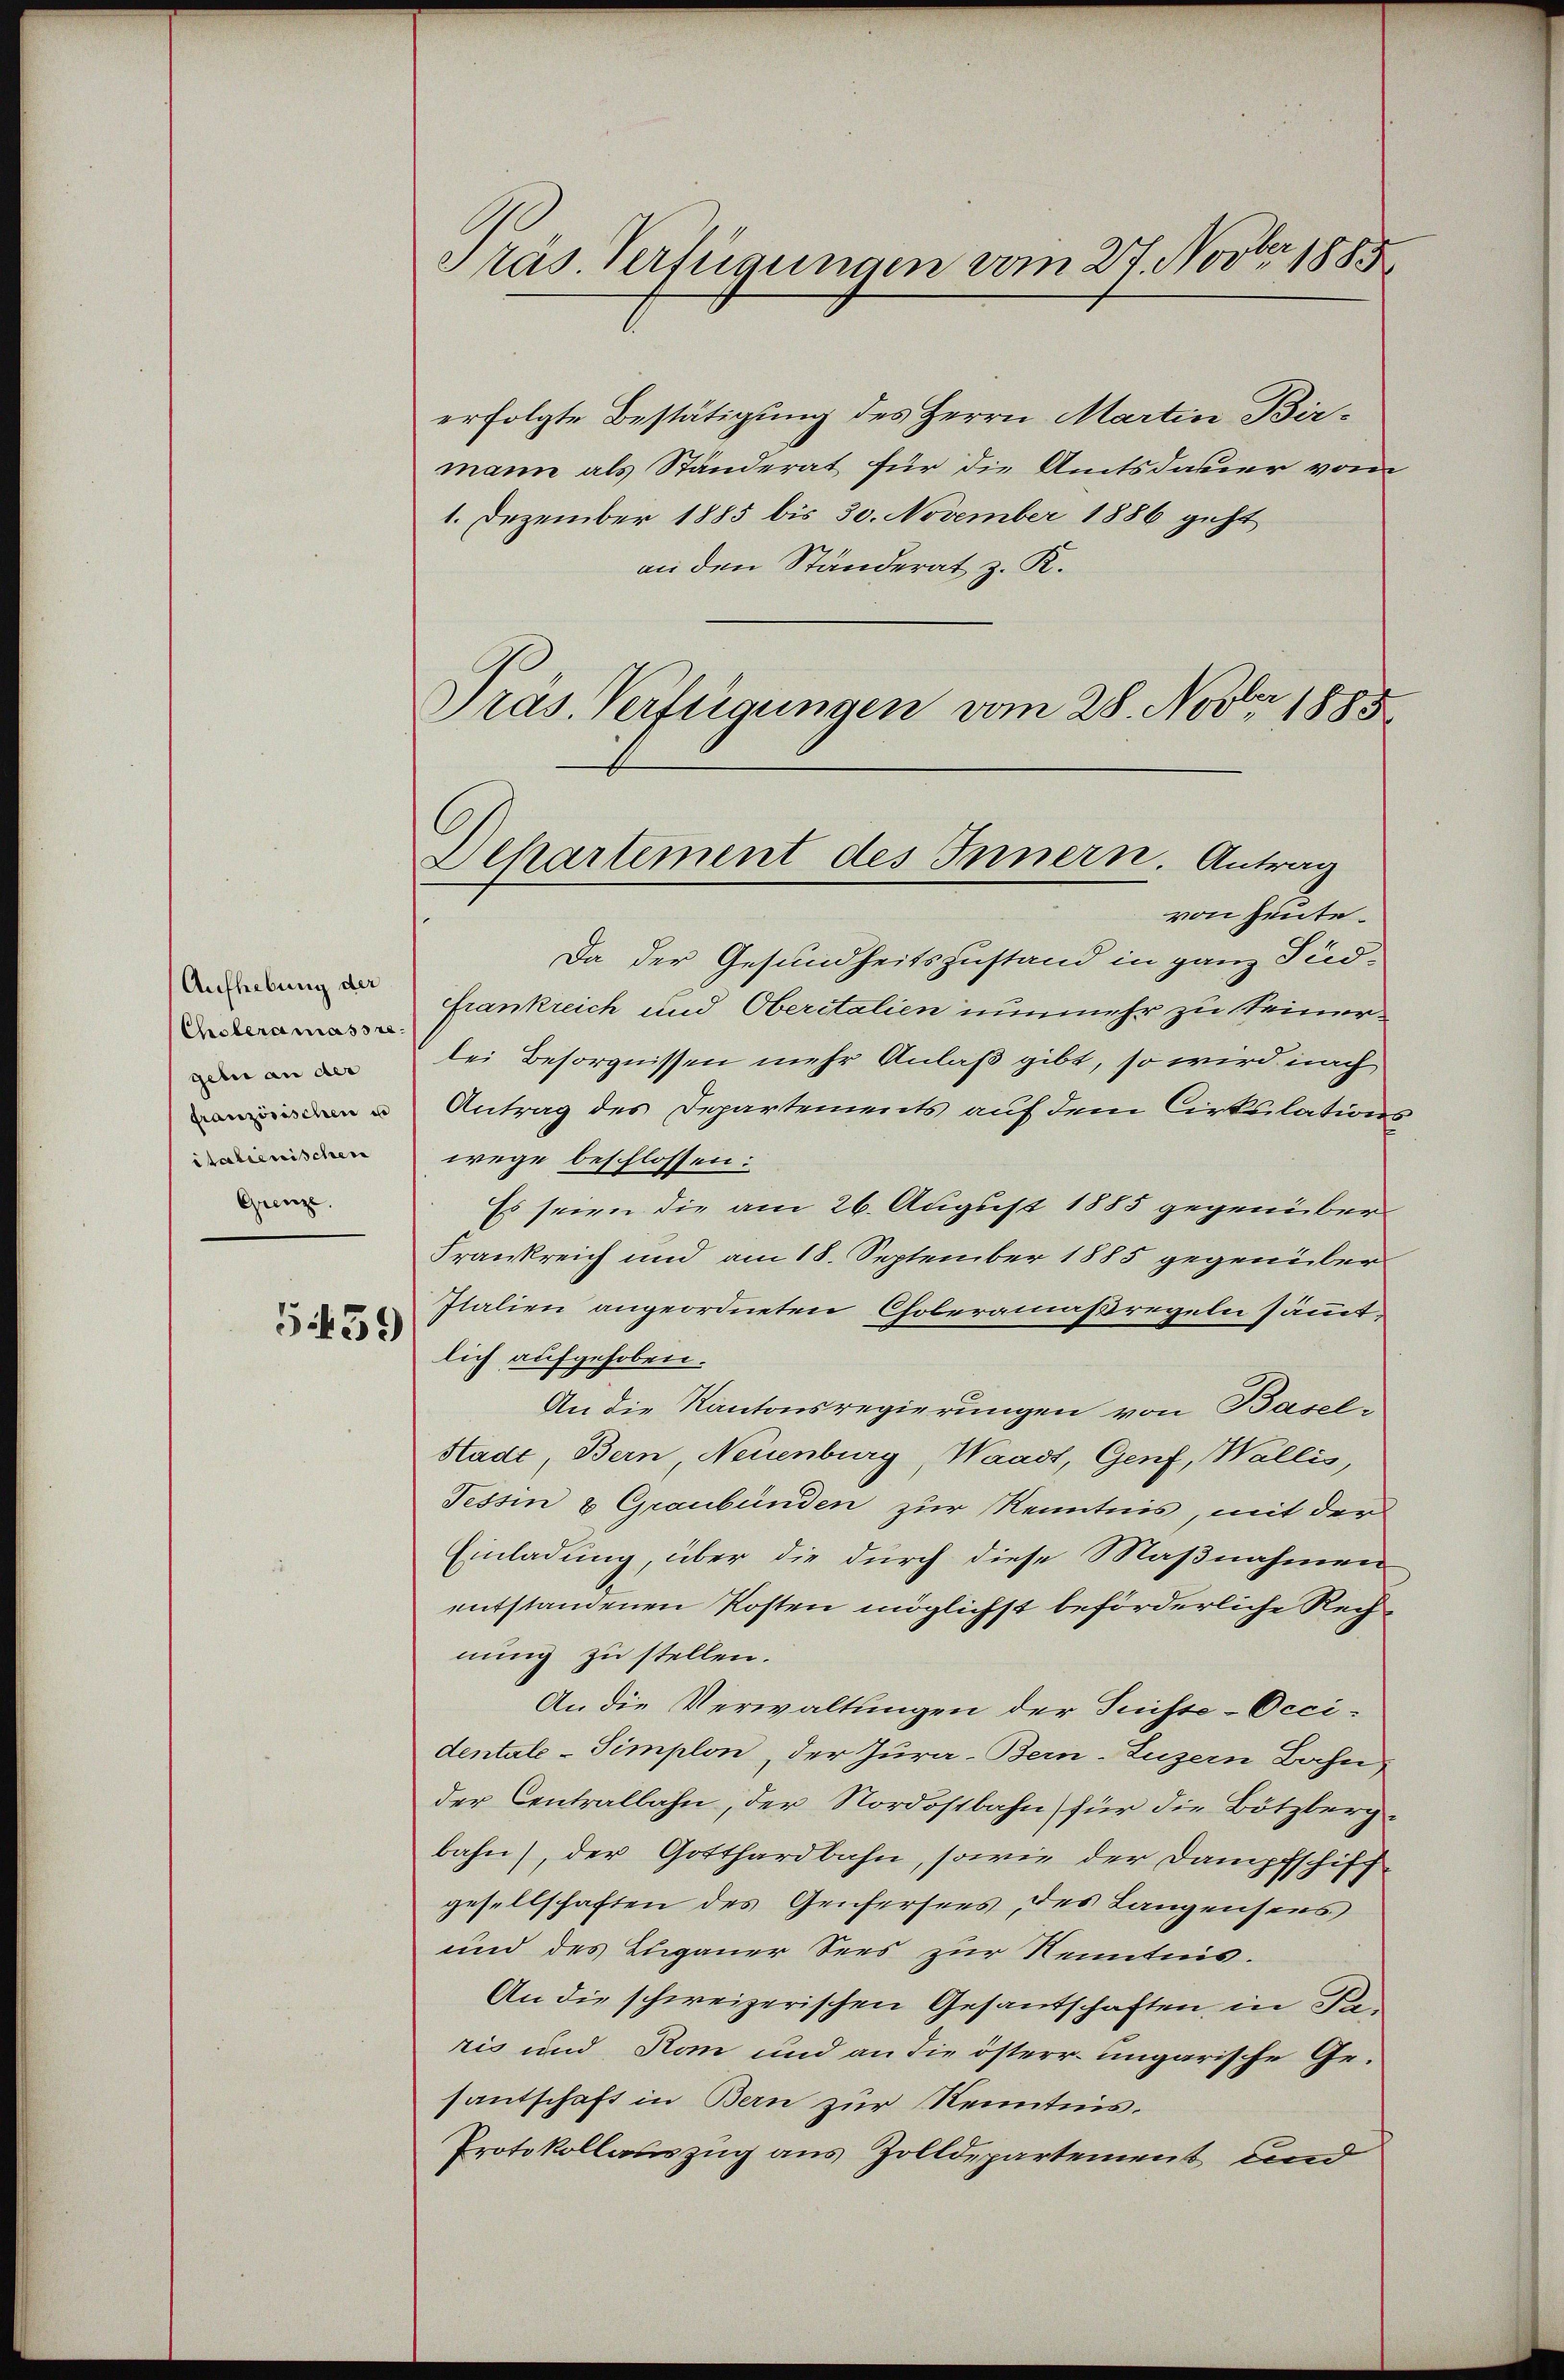
Aufhebung der
Choleramassre
geln an der
französischen u
italienischen
Grenze.

5.439

Pras. Verfügungen vom 27. Novber 1885

Dehartement des Innern. Antrag
von Heute.

erfolgte Bestätigung des Herrn Martin Birmann als Ständerat für die Amtsdauer von
1. Dezember 1885 bis 30. November 1886 geht
an den Ständerat z. R.
Pras. Verfügungen vom 28. Novbr 1885
Da der Gesundheitszustand in ganz Südfrankreich und Oberitalien nunmehr zu seinerlei Besorgnissen mehr Anlaß gibt, so wird nach
Antrag des Departements auf dem Cirkulationswege beschlossen:
Es seien die am 26. August 1885 gegenüber
Frankreich und am 18. September 1885 gegenüber¬
Italien angeordneten Choleramaßregeln sämmtlich aufgehoben.
An die Kantonsregierungen von Basel¬
Stadt, Bern, Neuenburg, Waadt, Genf, Wallis,
Tessin & Graubünden zur Kenntnis, mit der
Einladung, über die durch diese Maßnahmen
entstandenen Kosten möglichst beförderliche Rechnung zu stellen.
An die Verwaltungen der Suisse-Occidentale - Simplon, der Jura-Bern-Luzern Bahn
der Centralbahn, der Nordostbahn für die Bötzbergbahn, der Gotthardbahn, sowie der Dampfschiff
gesellschaften des Genfersers des Langensees
und des Ehegauer Sees zur Kenntnis.
An die schweizerischen Gesantschaften in Daris und Ran und an die österr. ungarische Gesantschaft in Bern zur Kenntnis.
Protokollauszug aus Zolldepartement und